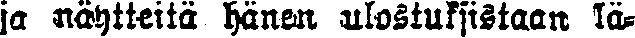
ja näytteitä hänen ulostuksistaan lä-